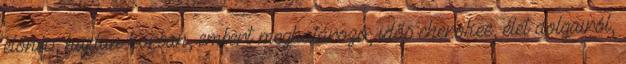
előnév, hajdan korban, embert meghatározó, idős cherokee, élet dolgairól,